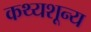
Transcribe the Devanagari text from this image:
कथ्यशून्य